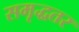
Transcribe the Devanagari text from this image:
समृद्धतर